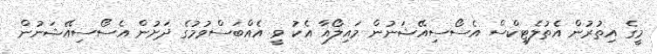
މީގެ އިތުރުން އެތުލެޓިކްސް އެސޯސިއޭޝަނުން މައިލޯއާ އެކު ވީ އެއްބަސްވުމުގެ ދަށުން އެސޯސިއޭޝަނުން